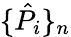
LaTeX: \{ \hat{P}_{i}\} _{n}